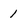
Character: 1